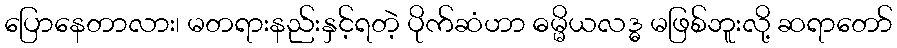
ပြောနေတာလား၊ မတရားနည်းနှင့်ရတဲ့ ပိုက်ဆံဟာ ဓမ္မိယလဒ္ဓ မဖြစ်ဘူးလို့ ဆရာတော်